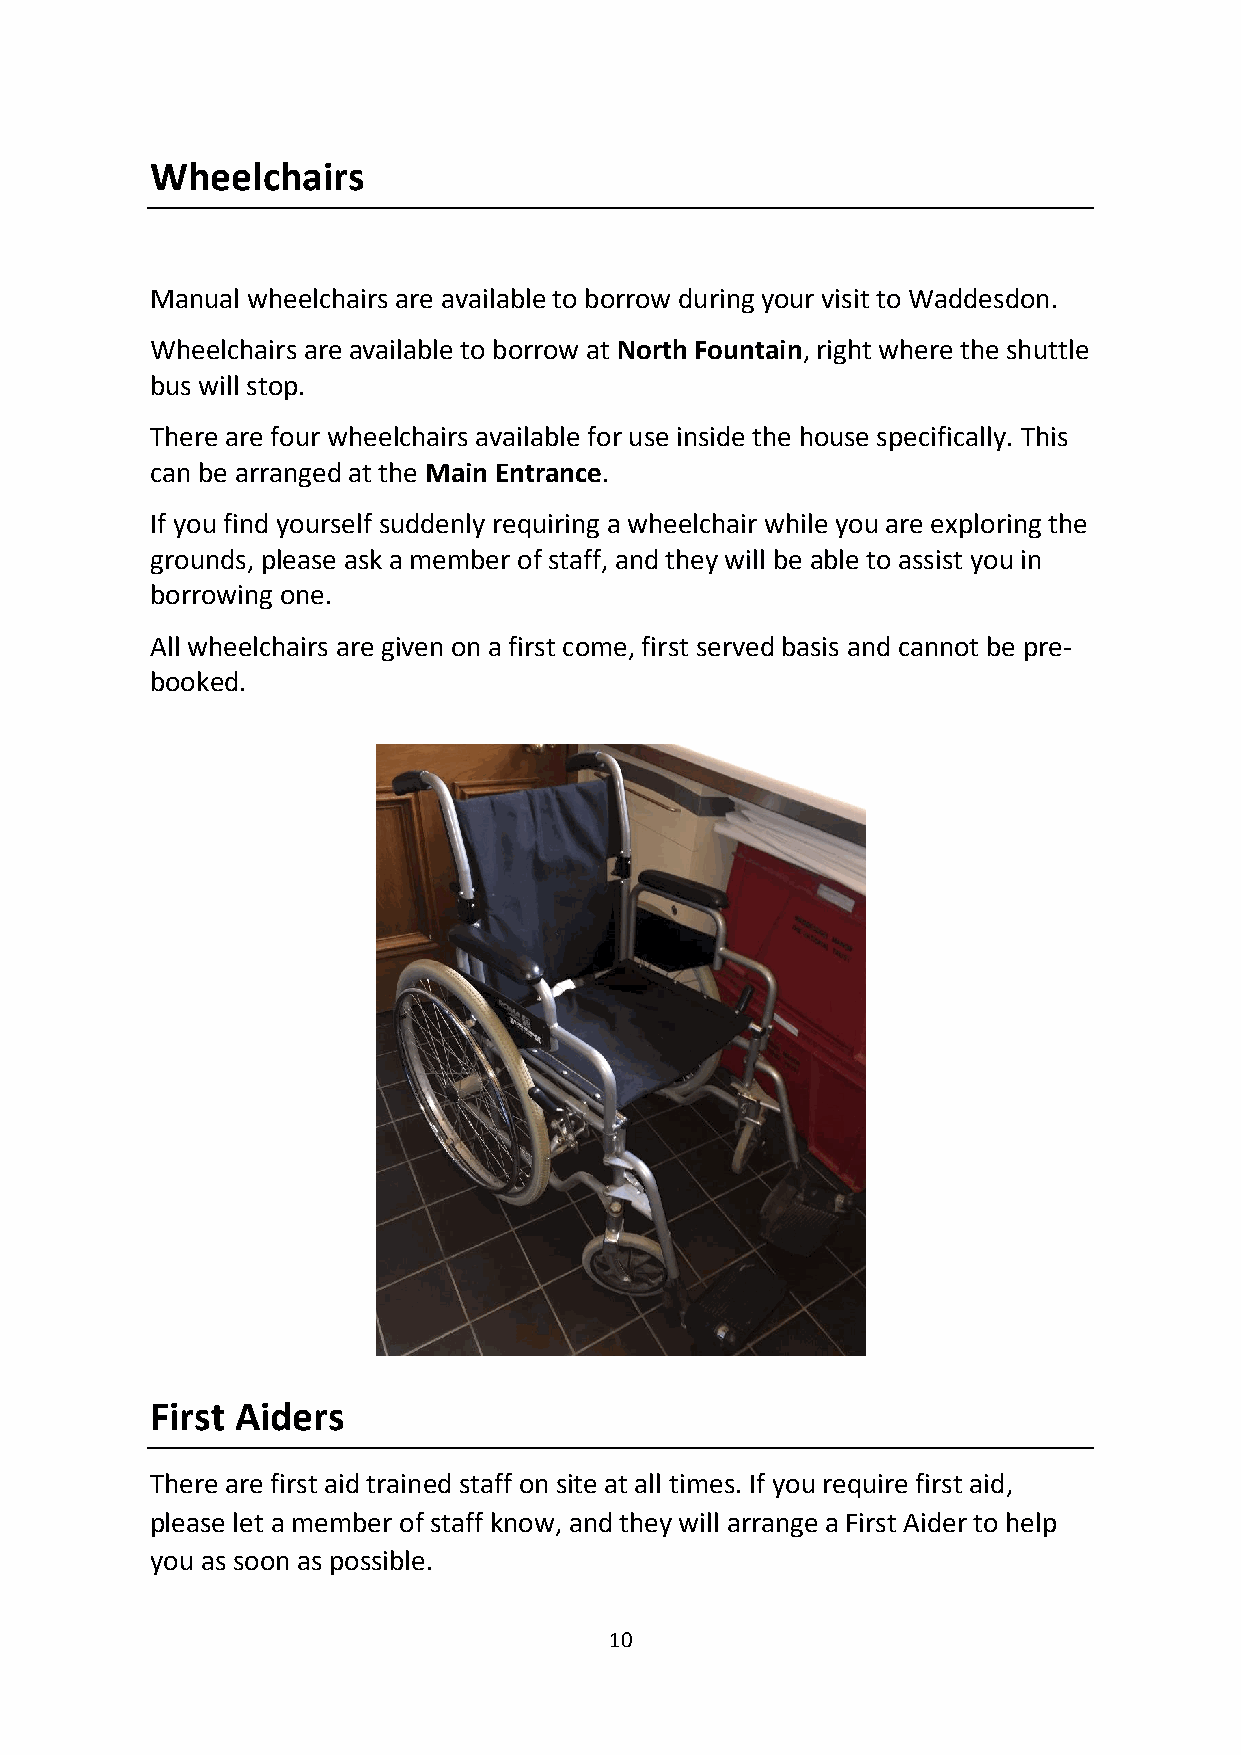
Wheelchairs
 Manual wheelchairs are available to borrow during your visit to Waddesdon.
 Wheelchairs are available to borrow at North Fountain, right where the shuttle
 bus will stop.
 There are four wheelchairs available for use inside the house specifically. This
 can be arranged at the Main Entrance.
 If you find yourself suddenly requiring a wheelchair while you are exploring the
 grounds, please ask a member of staff, and they will be able to assist you in
 borrowing one.
 All wheelchairs are given on a first come, first served basis and cannot be pre-
 booked.
 First Aiders
 There are first aid trained staff on site at all times. If you require first aid,
 please let a member of staff know, and they will arrange a First Aider to help
 you as soon as possible.
 10